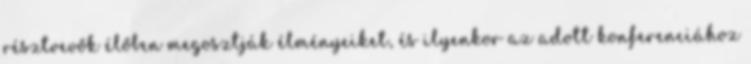
résztvevők élőben megosztják élményeiket, és ilyenkor az adott konferenciához